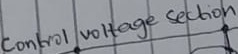
Text: Control voltage Section